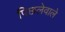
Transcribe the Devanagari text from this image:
पिछलेवाले